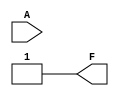
module single_variable_kmap (
    input wire A,  // Single input variable
    output wire F  // Output variable
);

// K-map output logic
// F is defined based on the values in the K-map for a single variable
// You can change the conditions based on how you want to fill the K-map cells
assign F = (A == 1'b0) ? 1'b1 : (A == 1'b1) ? 1'b1 : 1'b0; // Example: Both outputs F(0) and F(1) are 1

endmodule